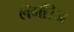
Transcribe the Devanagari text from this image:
लँगरिज